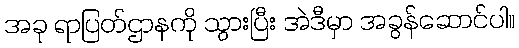
အခု ရာပြတ်ဌာနကို သွားပြီး အဲဒီမှာ အခွန်ဆောင်ပါ။